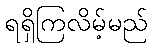
ရရှိကြလိမ့်မည်